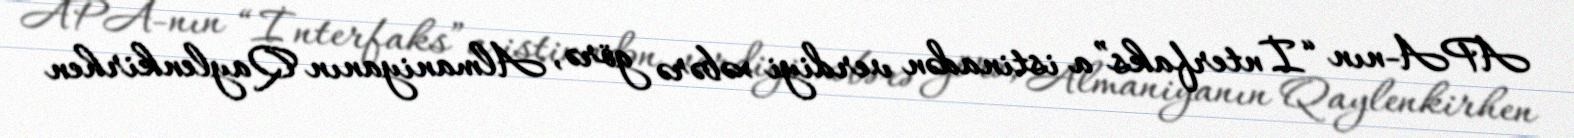
APA-nın “İnterfaks”a istinadən verdiyi xəbərə görə, Almaniyanın Qaylenkirhen